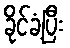
ခိုင်ခံ့ပြီး